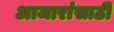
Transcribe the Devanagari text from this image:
अाजारांसाठी